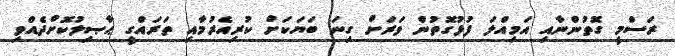
ރަސްމީ ގޮތުންނާއި އަމިއްލަ ފުޅުގޮތުން ވަރަށް ގިނަ ބަޔަކަށް ކުރިއެރުމާއި ތަރައްގީ ޙާޞިލުކޮށްދެއްވި